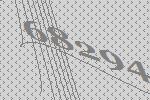
68294